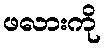
ဖလားကို